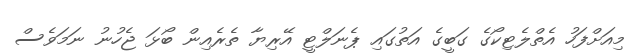
މިއަށްފަހު އެތްލެޓިކޯގެ ގަބީގެ އަތުގައި ޕެނަލްޓީ އޭރިޔާ ތެރެއިން ބޯޅަ ޖެހުނު ނަމަވެސް